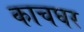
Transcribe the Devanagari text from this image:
काचघर